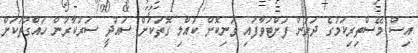
އިސް މޭސްތިރިކަމުގެ ދަށުން ފަށްޓަވާފައި ވަނިކޮށް ކުއްލި ގޮތަކަށް ސައުދީ ސަރުކާރުން ހައްގުތަކަށް